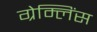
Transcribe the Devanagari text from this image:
ग्रेम्लिंस